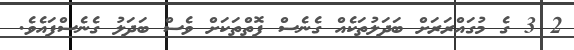
2 3 ގެ މުގައްރަރަށް ބަދަލުތަކެއް ގެނެސް ފޮތްތަކަށް ވެސް ބަދަލު ގެނެސްފައެވެ.